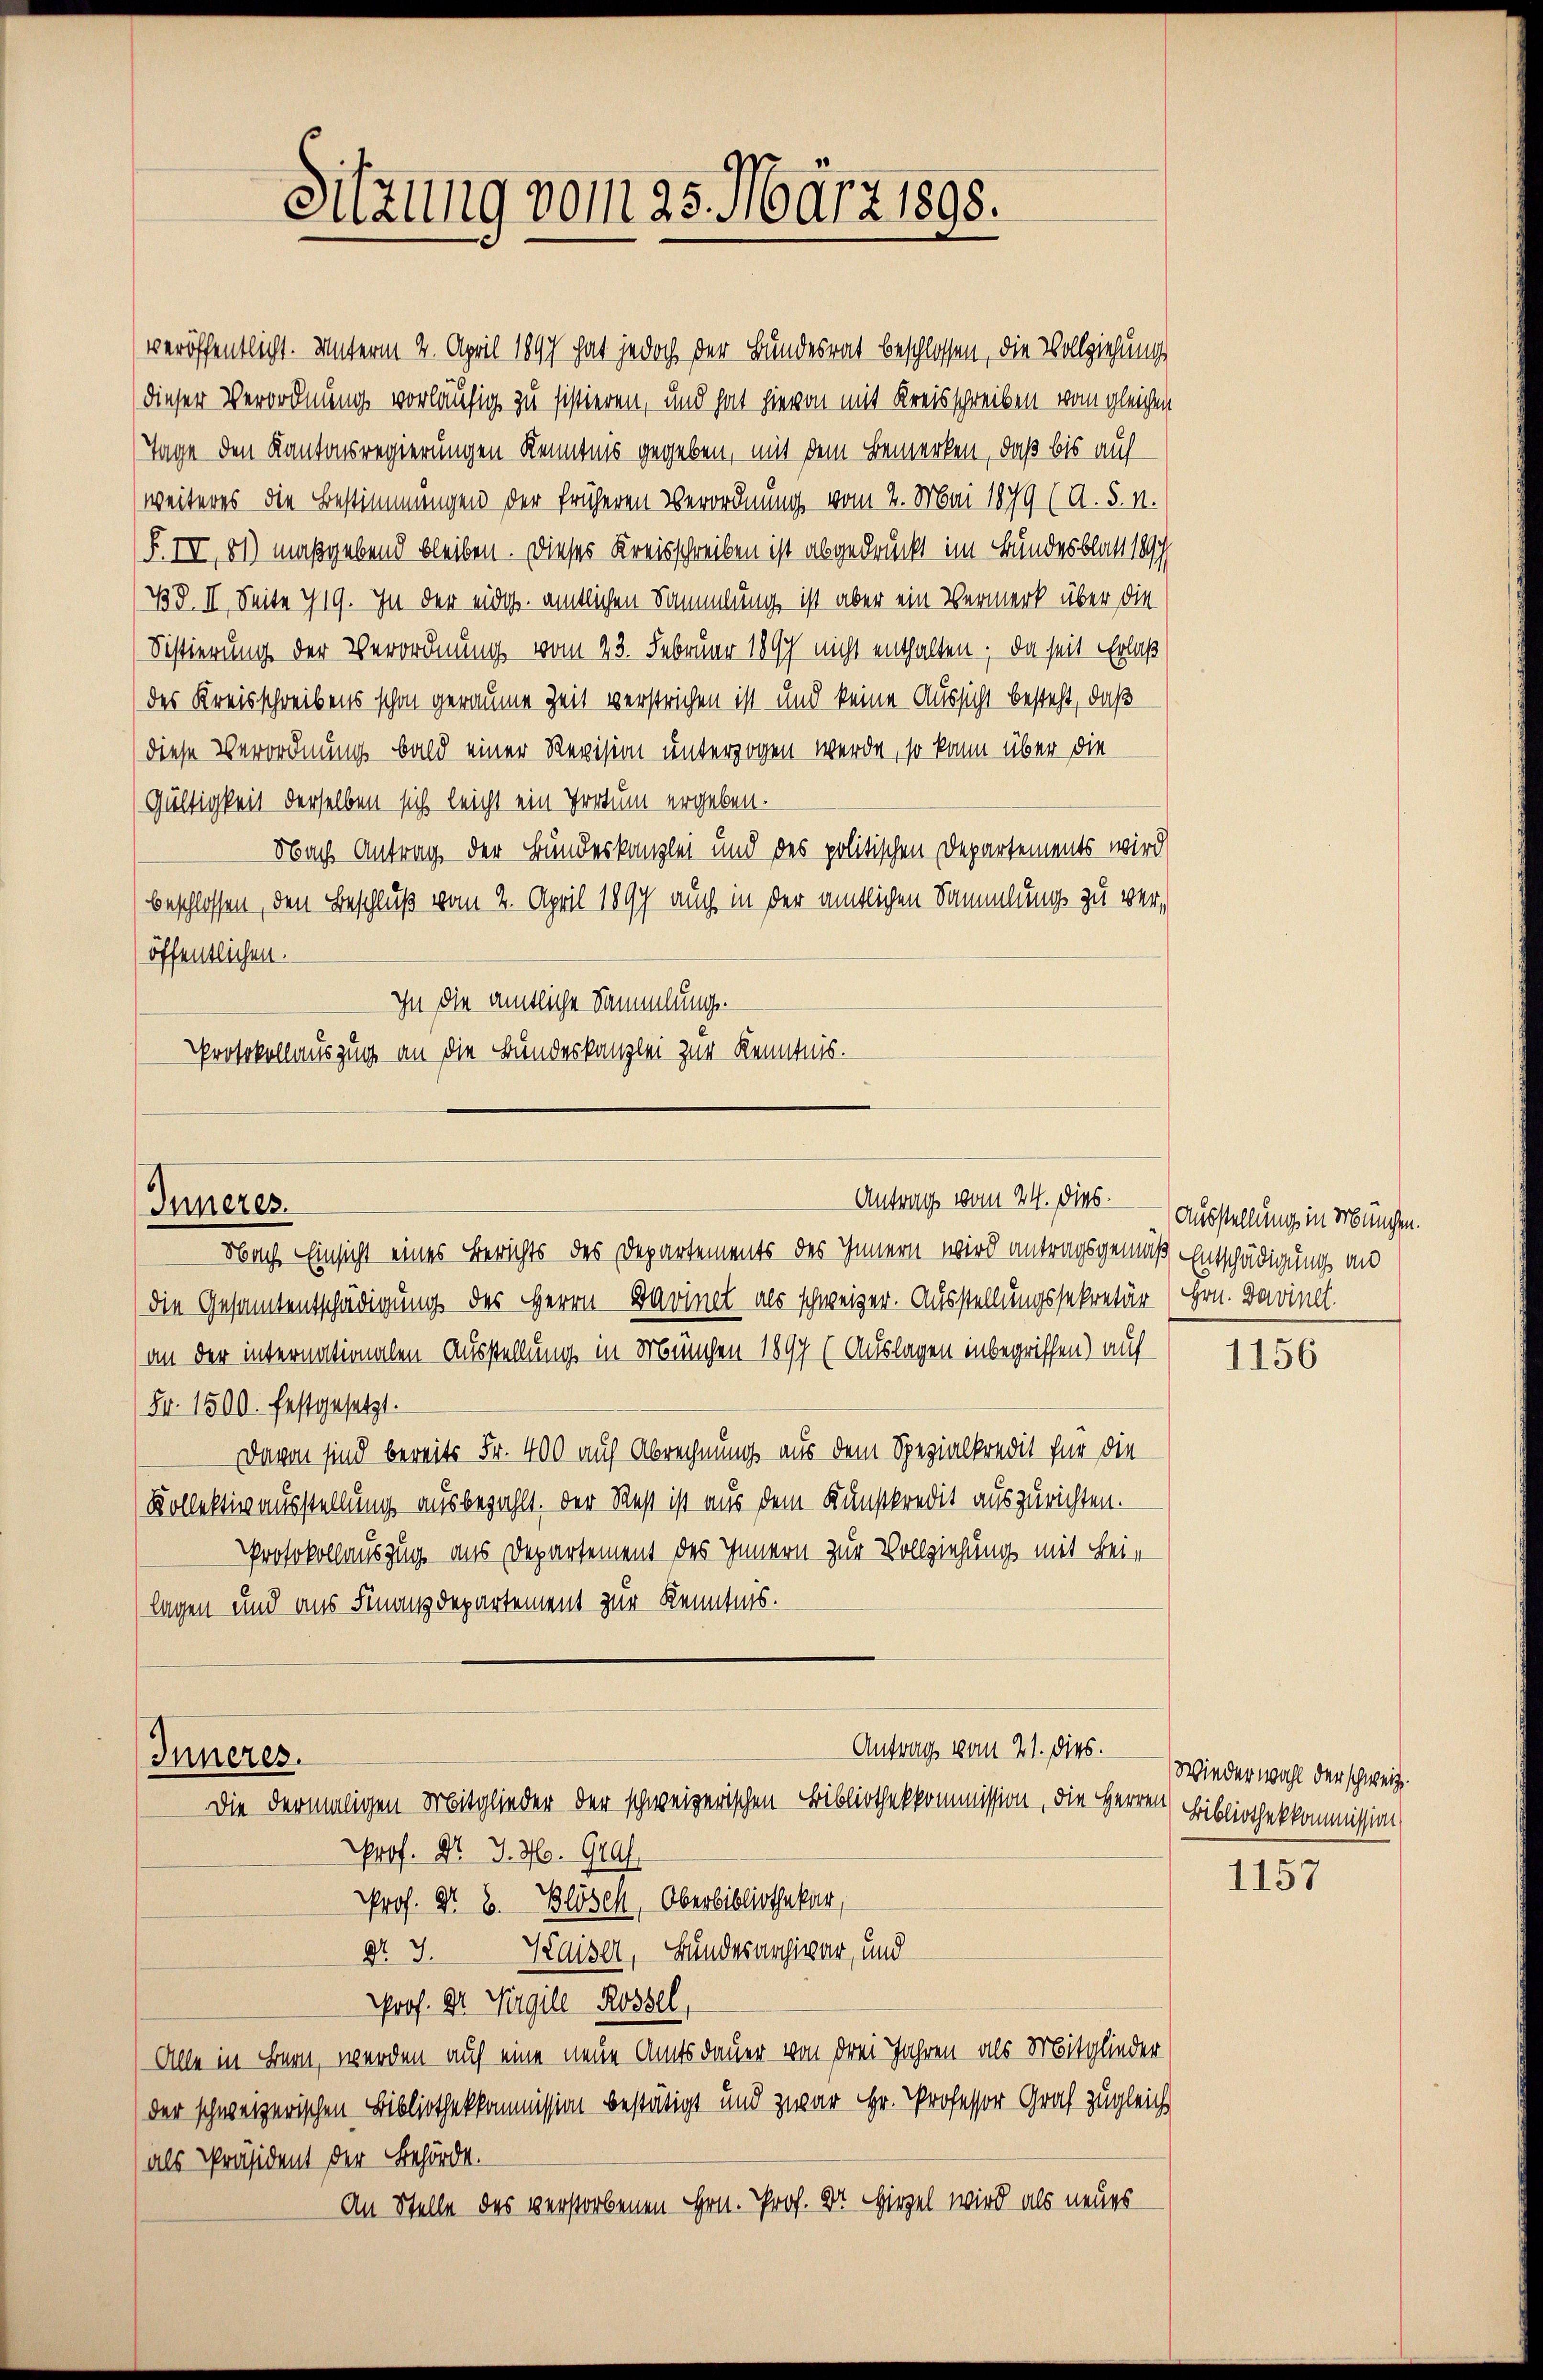
veröffentlicht. Unterm 4. April 1897 hat jedoch der Bundesrat beschlossen, die Vollziehung
(dieser Verordnung vorläufig zu sistieren, und hat hievon mit Kreisschreiben vom gleichen
Tage den Kantonsregierungen Kenntnis gegeben, mit dem Bemerken, daß bis auf
weiteres die Bestimmungen der früheren Verordnung vom 2. Mai 1879 (A. §. 1.
(F. IV, 81) maßgebend bleiben. Dieses Kreisschreiben ist abgedruckt im Bundesblatt 18
(Bd. II. Seite 719. In der eidg. amtlichen Sammlung ist aber ein Vermerk über die
Sistierung der Verordnung vom 23. Februar 1897 nicht enthalten. Da seit Erlaß
des Kreisschreibens schon geraume Zeit verstrichen ist und keine Aussicht besteht, daß
diese Verordnung bald einer Revision unterzogen werde, so kann über die
Gültigkeit derselben sich leicht ein Irrtum ergeben:
Nach Antrag der Bundeskanzlei und des politischen Departements wird
beschlossen, den Beschluß vom 2. April 1897 auch in der amtlichen Sammlung zu veröffentlichen.
Ihn die amtliche Sammlung.
Protokollauszug an die Bundeskanzlei zur Kenntnis.

Sitzung vom 25. März 1898.

Antrag vom 24. dies.
Inneres.

Nach Einsicht eines Berichts des Departements des Innern wird antragsgemäß Entschädigung an
die Gesamtentschädigung des Herrn Barinel als schweizer. Ausstellungssekretär (Hrn. Bavincl.
an der internationalen Ausstellung in München 1897 (Auslagen inbegriffen) auf
Fr. 1500. festgesetzt.
Davon sind bereits Fr. 400 auf Abrechnung aus dem Spezialkredit für die
Kollektiv ausstellung ausbezahlt. Der Rest ist aus dem Kunstkredit auszurichten.
Protokollauszug aus Departement des Innern zur Vollziehung mit Beilagen und aus Finanzdepartement zur Kenntnis.
Antrag vom 21. dies.
Inneres.
Die dermaligen Mitglieder der schweizerischen Bibliothekkommission, die Herren
Prof. Nr. 7. No. 914.
Prof. Nr. 2. Blösel, Oberbibliothekar
Dr. J. Kaiser, Bundesarchivar, und
Prof. Dr. Virgile Rossel,
Alle in Bern, werden auf eine neue Amtsdauer von drei Jahren als Mitglieder
der schweizerischen Bibliothekkommission bestätigt und zwar Hr. Professor Graf zugleich
als Präsident der Behörde.
An Stelle des verstorbenen Hrn. Prof. Dr. Hirzel wird als neues

Ausstellung in München.

1156

Wieder wohl der schweiz.
Bibliothekkommission

1157